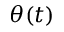
\theta ( t )